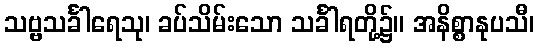
သဗ္ဗသင်္ခါရေသု၊ ခပ်သိမ်းသော သင်္ခါရတို့၌။ အနိစ္စာနုပသီ၊